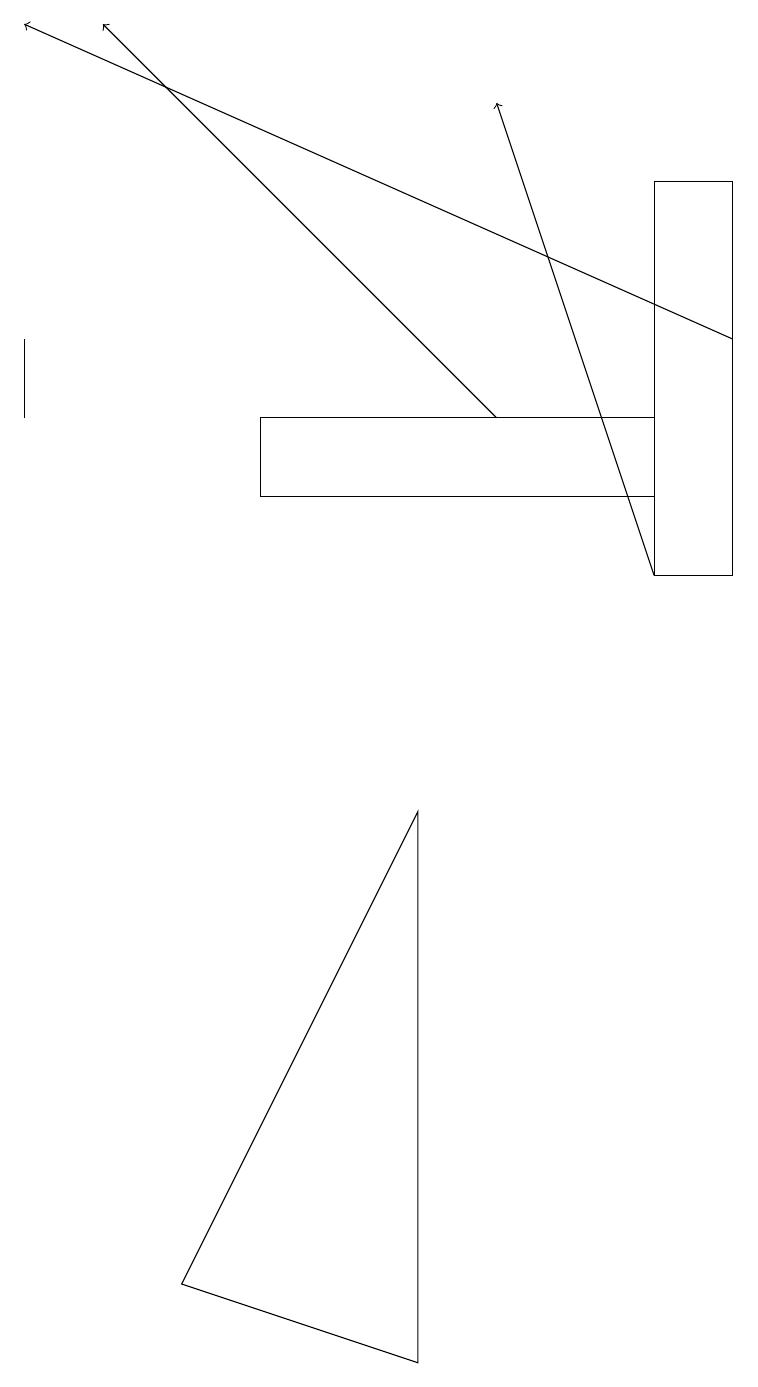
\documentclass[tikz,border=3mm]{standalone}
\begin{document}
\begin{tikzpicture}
\draw (0,14) rectangle (0,15);
\draw (3,13) rectangle (8,14);
\draw[->] (9,15) -- (0,19);
\draw[->] (6,14) -- (1,19);
\draw (5,2) -- (2,3) -- (5,9) -- cycle;
\draw[->] (8,12) -- (6,18);
\draw (8,12) rectangle (9,17);
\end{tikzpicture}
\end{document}